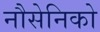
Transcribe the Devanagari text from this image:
नौसेनिको